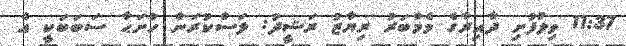
11:37 ވިލުފުށި ދާއިރާގެ މެމްބަރު ރިޔާޒު ރަޝީދު: ލަސްކުރަން ހުށަޙާ ސަބަބަކީ އެ